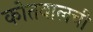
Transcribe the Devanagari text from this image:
कोतवालची